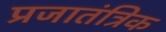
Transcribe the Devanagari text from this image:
प्रजातंत्रिक